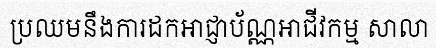
ប្រឈមនឹងការដកអាជ្ញាប័ណ្ណអាជីវកម្ម សាលា